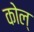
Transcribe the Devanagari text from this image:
कोल्